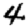
Digit: 4